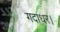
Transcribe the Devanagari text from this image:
गदाधर।